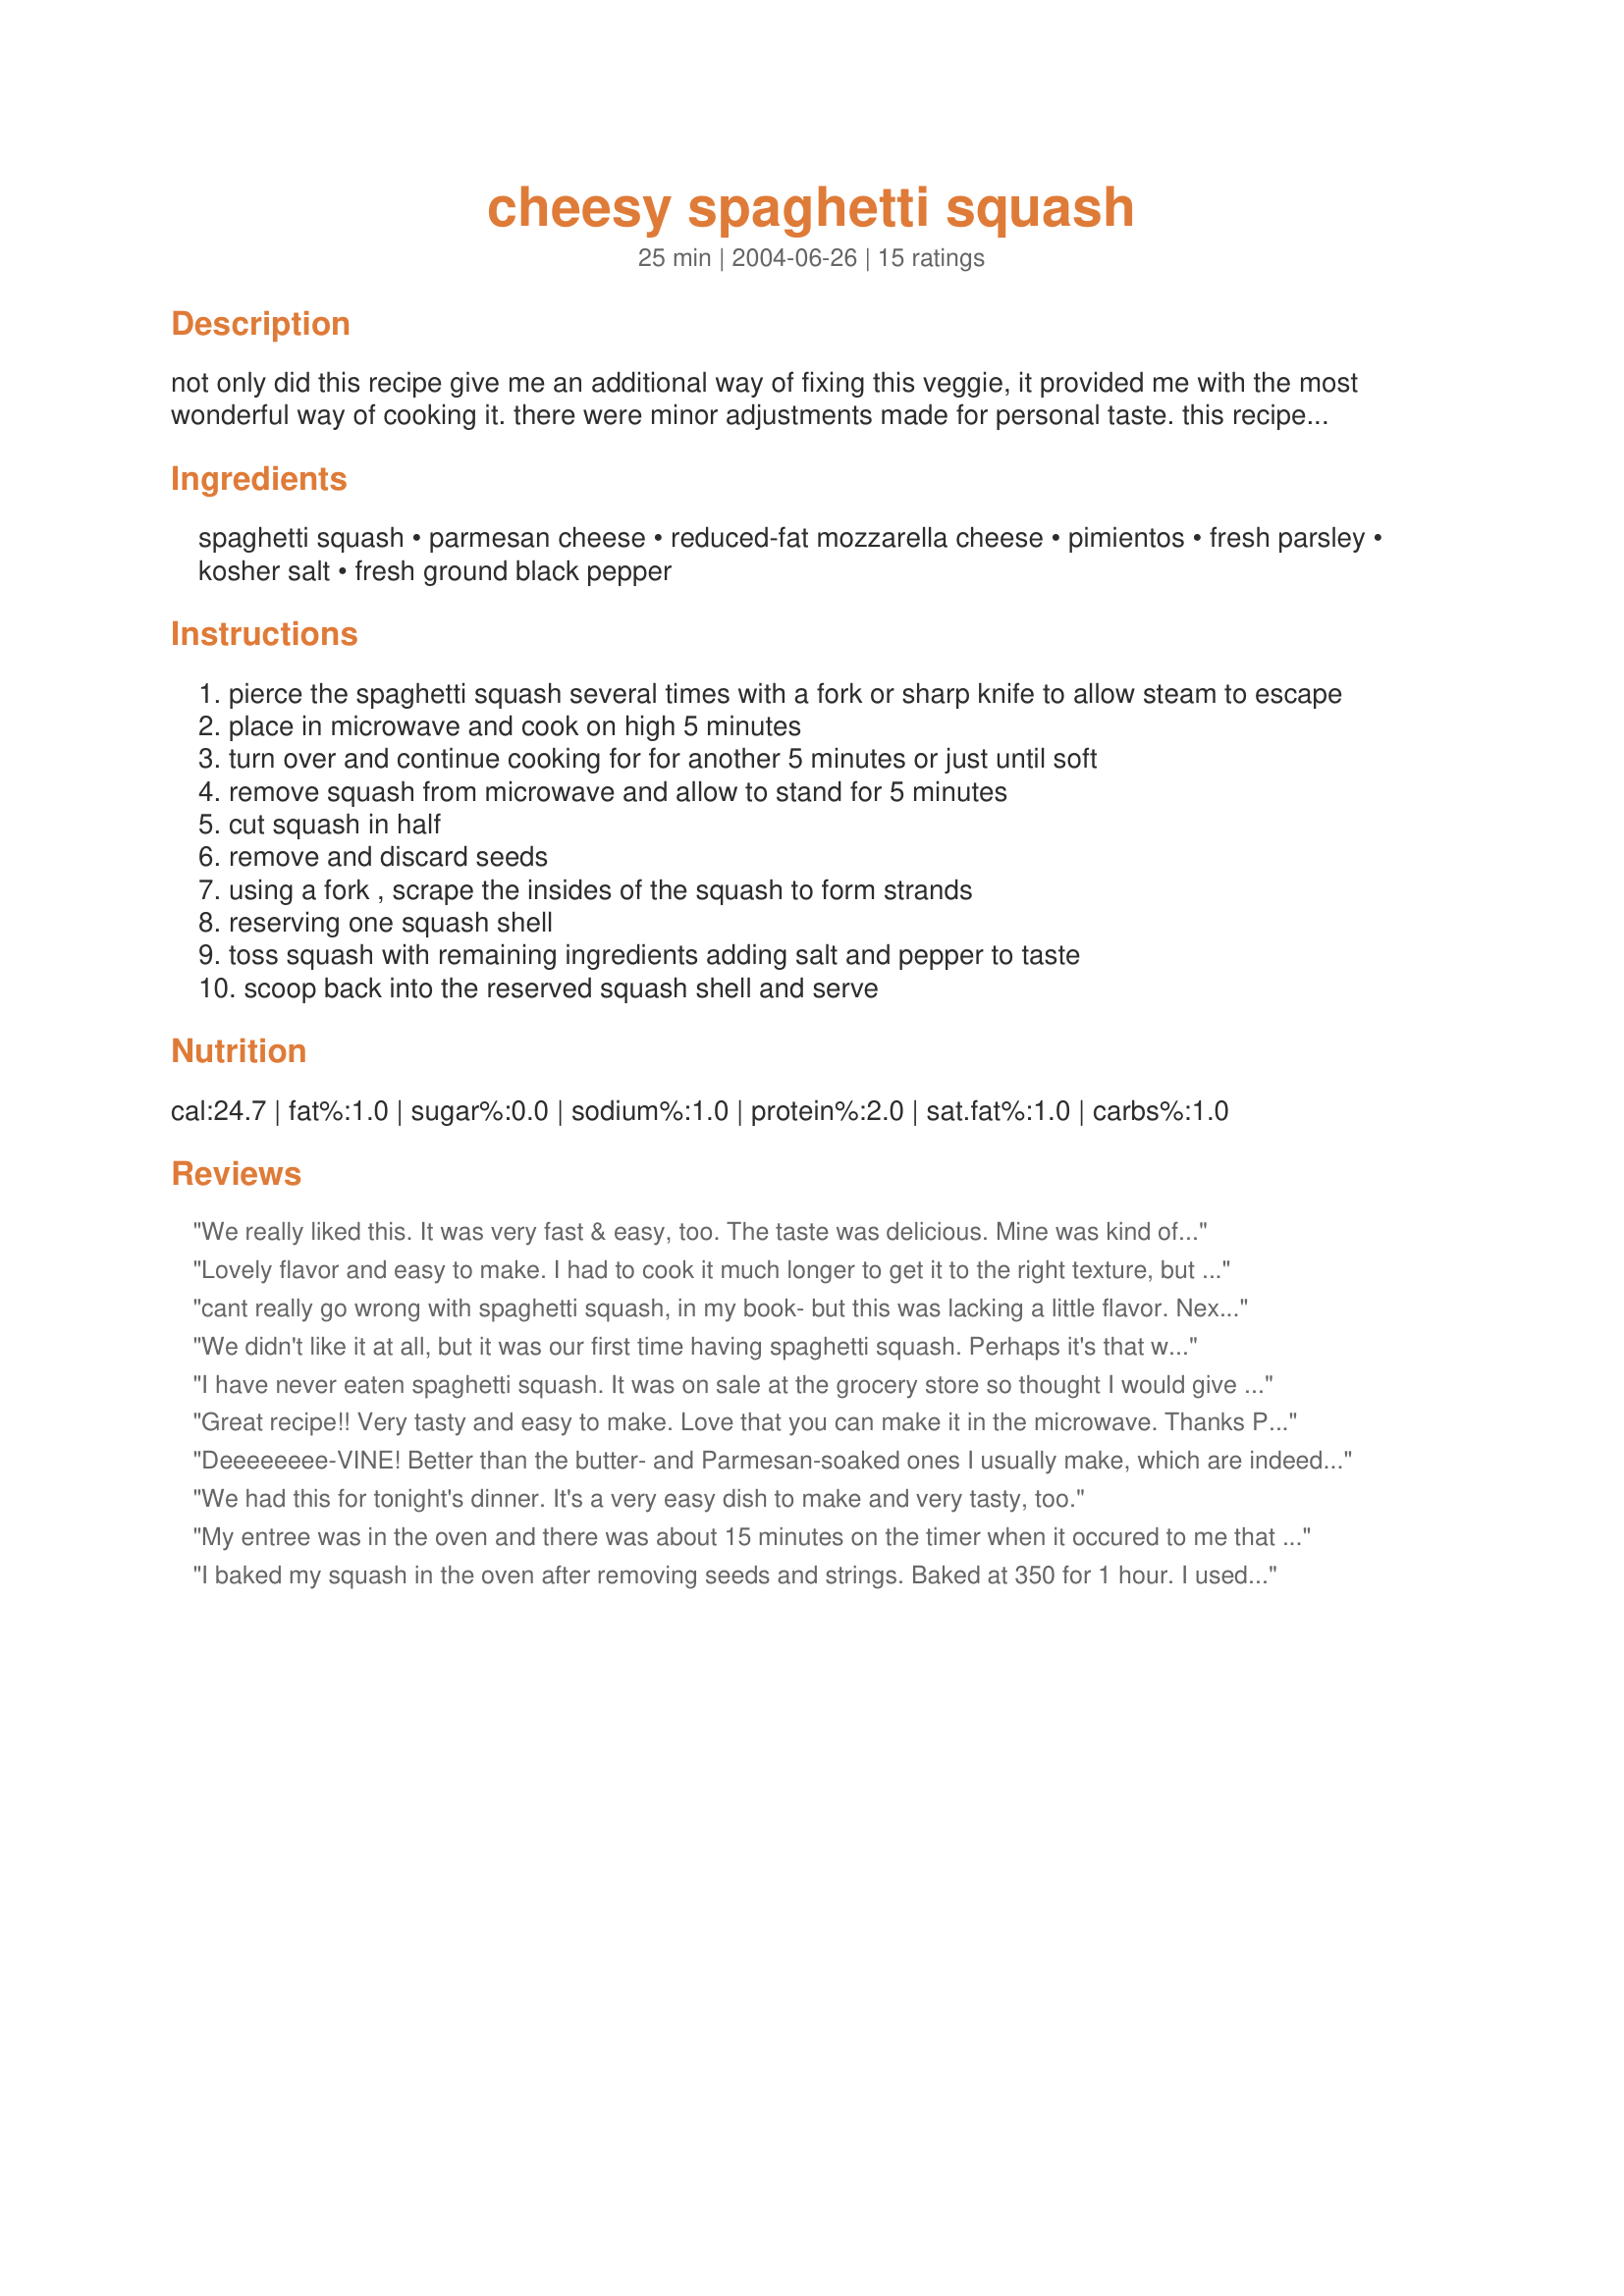
cheesy spaghetti squash
Preparation time: 25 minutes

not only did this recipe give me an additional way of fixing this veggie, it provided me with the most wonderful way of cooking it. there were minor adjustments made for personal taste. this recipe is from kraft food & family magazine, fall 2003.

Ingredients:
spaghetti squash, parmesan cheese, reduced-fat mozzarella cheese, pimientos, fresh parsley, kosher salt, fresh ground black pepper

Steps:
pierce the spaghetti squash several times with a fork or sharp knife to allow steam to escape
place in microwave and cook on high 5 minutes
turn over and continue cooking for for another 5 minutes or just until soft
remove squash from microwave and allow to stand for 5 minutes
cut squash in half
remove and discard seeds
using a fork , scrape the insides of the squash to form strands
reserving one squash shell
toss squash with remaining ingredients adding salt and pepper to taste
scoop back into the reserved squash shell and serve

Reviews:
We really liked this. It was very fast & easy, too. The taste was delicious. Mine was kind of runny, though, when I went back for seconds. Should I have drained the squash for a while before mixing with the other ingredients?
Lovely flavor and easy to make. I had to cook it much longer to get it to the right texture, but maybe it was just a great, huge squash. Thanks!
cant really go wrong with spaghetti squash, in my book- but this was lacking a little flavor. Next time I'll add some sauteed onions and garlic- this time I added some Cyan pepper, gave it a great kick. Thanks for the share!
We didn't like it at all, but it was our first time having spaghetti squash. Perhaps it's that we didn't like the squash....
I have never eaten spaghetti squash. It was on sale at the grocery store so thought I would give it a try. Made it as a dish dish with sausage. I followed the recipe as written other then I didn't have pimientos and I used dried parsley instead of fresh. This was good but I think it needed some onion or garlic (or maybe both). I loved that I could cook this in the microwave. The rest of the family wasn't crazy about this but I enjoyed it.
Great recipe!! Very tasty and easy to make. Love that you can make it in the microwave. Thanks Paula for a delicious recipe!!
Deeeeeeee-VINE! Better than the butter- and Parmesan-soaked ones I usually make, which are indeed good, but coronary-inducing. I wonder what a little sour cream would taste like... Anyway, I cut mine in half (a whole one's too big), put one side in a dish with about 1/4 cup of water and nuke it into submission. Thank you, PaulaG!
We had this for tonight's dinner. It's a very easy dish to make and very tasty, too.
My entree was in the oven and there was about 15 minutes on the timer when it occured to me that we might need a good side dish. Wow, this was fast and easy! I did not have pimento and used up some odds and ends from my cheese bin. But it was tasty and had wonderful texture and was so fast! Thanks Paula!
I baked my squash in the oven after removing seeds and strings. Baked at 350 for 1 hour. I used Crystal Farms 3 Pepper shredded cheese. This is really a good recipe. Thanks.
I love Spaghetti Squash so this recipe was right up my alley. I never used pimientos before. After reading the discription on Zaar I assumed they would have a flavor similar to a red pepper. The small red pepper that I purchased (which was in a basket marked "mixed hot peppers-pimientos") did not taste anything like a red pepper! There was definitely some heat, similar to that of a jalapeno, in the dish I prepared. Fortunately, I love jalapenos, so this dish was perfect for me. I ate the entire squash! I would love to know how a pimiento should taste from any knowlegable Zaar members :) Thanks for the recipe. I loved it! 5 stars all the way!
This is awesome. It really made me think I was eating pasta. Plus you make it in the microwave and avoid heating up the entire house. The recipe is easy, and works well - perfect!
Lovely, lite, tasty dinner that I was surprised to find even DH (who is a committed carnivore) liked. I did prepare the squash differently following recipe#162765 and I think that gave a nice flavor to the squash - but when it came to putting this together - followed the directions and was very happy with the results for this lite, healthy dinner. It does make a lot, but that's OK - I have leftovers for dinner tonight. Thanks for posting.
I hadn't had spaghetti squash for years because other than butternut squash there isn't a wide variety of winter squashes available in the UK. So, last week when I saw a spaghetti squash in my supermarket I bought it and then thought 'now, what?' because I had forgotten what to do with it. So, this recipe gets stars alone for teaching me how to do it in the microwave. The cheese was a nice taste combination for sure. Mine was also a bit runny but once I drained the juices a bit all was fine. Mae for Aus/Nz Swap October 2008.
I would give this 5 stars just because it taught me that you CAN cook spaghetti squash in the microwave! Much easier to cook it that way than boiling it or baking it. I used half a squash, as I'm the only one in the house who eats it. I added some colby/jack cheese along with the mozzarella, and added a little Tony Chachere's Creole seasoning for extra zip. This was an easy, tasty, comfort-foody recipe, and I'll definitely make it again. Thanks for sharing, Paula!
